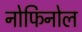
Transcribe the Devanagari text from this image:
नोफिनोल